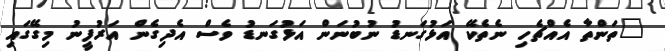
"ތަންތާ އެއްޗެހި ނެތެކޭ އަޅުގަނޑު ނުބުނަން އަޅުގަނޑު ވެސް އެދިގެން އަރުފީނު މިގޭގައި